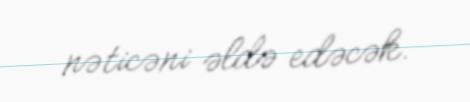
nəticəni əldə edəcək.